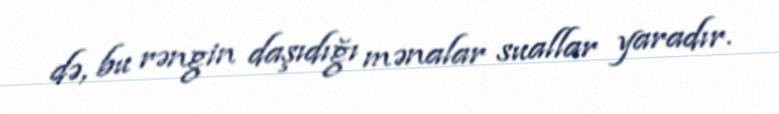
də, bu rəngin daşıdığı mənalar suallar yaradır.